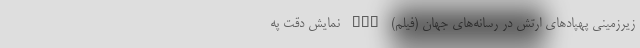
زیرزمینی پهپاد‌های ارتش در رسانه‌های جهان (فیلم) nan نمایش دقت په